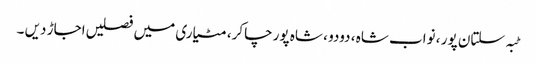
ٹبہ سلتان پور ، نواب شاہ ، دودو ، شاہ پور چاکر، مٹیاری میں فصلیں اجاڑ دیں ۔